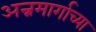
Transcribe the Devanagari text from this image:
अन्नमार्गाच्या